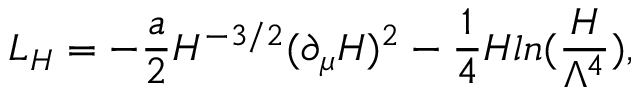
{ \cal L } _ { H } = - \frac { a } { 2 } H ^ { - 3 / 2 } ( \partial _ { \mu } H ) ^ { 2 } - \frac { 1 } { 4 } H l n ( \frac { H } { \Lambda ^ { 4 } } ) ,